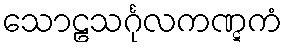
သောဠသင်္ဂုလကဏ္ဋကံ